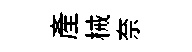
產械奈